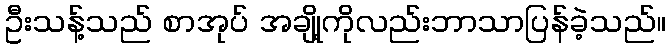
ဦးသန့်သည် စာအုပ် အချို့ကိုလည်းဘာသာပြန်ခဲ့သည်။